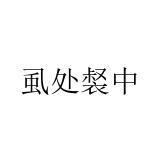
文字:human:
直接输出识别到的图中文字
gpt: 虱处裻中